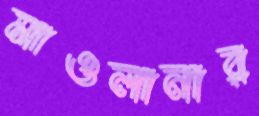
মাওলানার